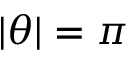
| \theta | = \pi